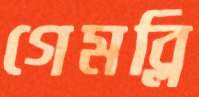
গেমব্লি